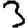
Digit: 3